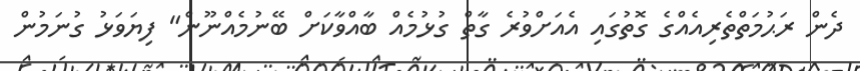
ދެން ރަޙުމަތްތެރިއެއްގެ ގޮތުގައި އެއަށްވުރެ ގާތް ގުޅުމެއް ބާއްވާކަށް ބޭނުމެއްނޫން" ފިޔަވަޅު ގުނަމުން